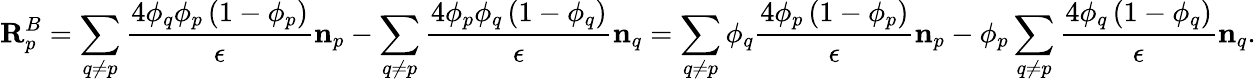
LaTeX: \mathbf{R}_{p}^{B}=\sum_{q\neq p}\frac{4\phi_{q}\phi_{p}\left(1-\phi_{p}\right)}{\epsilon}\mathbf{n}_{p}-\sum_{q\neq p}\frac{4\phi_{p}\phi_{q}\left(1-\phi_{q}\right)}{\epsilon}\mathbf{n}_{q}=\sum_{q\neq p}\phi_{q}\frac{4\phi_{p}\left(1-\phi_{p}\right)}{\epsilon}\mathbf{n}_{p}-\phi_{p}\sum_{q\neq p}\frac{4\phi_{q}\left(1-\phi_{q}\right)}{\epsilon}\mathbf{n}_{q}.